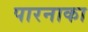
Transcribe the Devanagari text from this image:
पारनाका